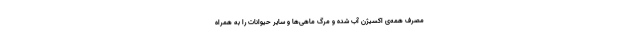
مصرف همه‌ی اکسیژن آب شده و مرگ ماهی‌ها و سایر حیوانات را به همراه